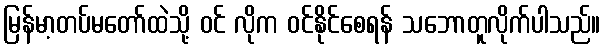
မြန်မာ့တပ်မတော်ထဲသို့ ဝင် လိုက ဝင်နိုင်စေရန် သဘောတူလိုက်ပါသည်။